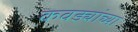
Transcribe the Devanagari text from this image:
कवड्यांच्‍या